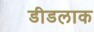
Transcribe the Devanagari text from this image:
डीडलाक